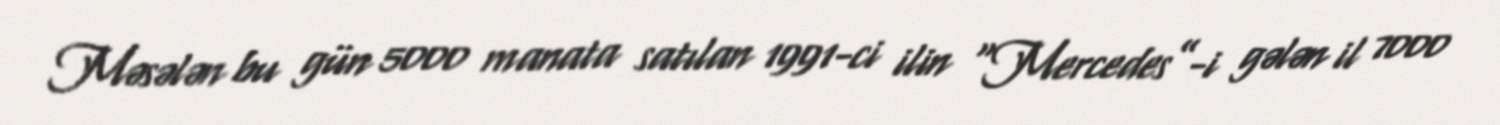
Məsələn bu gün 5000 manata satılan 1991-ci ilin “Mercedes”-i gələn il 7000